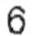
6